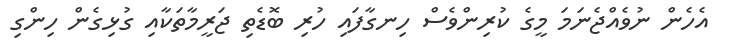
އެހެން ނުވެއްޖެނަމަ މީގެ ކުރިންވެސް ހިނގާފައި ހުރި ބޮޑެތި ޖަރީމާތަކާއި ގުޅިގެން ހިންގި